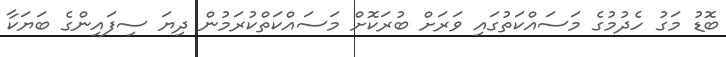
ބޮޑު މަގު ހެދުމުގެ މަސައްކަތުގައި ވަރަށް ބުރަކޮށް މަސައްކަތްކުރަމުން ދިޔަ ސިފައިންގެ ބަޔަކާ